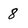
Character: 8